On the action of the venoms of the cobra (Naja tripudians) and of the daboia (Daboia russellii) on the red blood corpuscles and on the blood plasma - Number 4
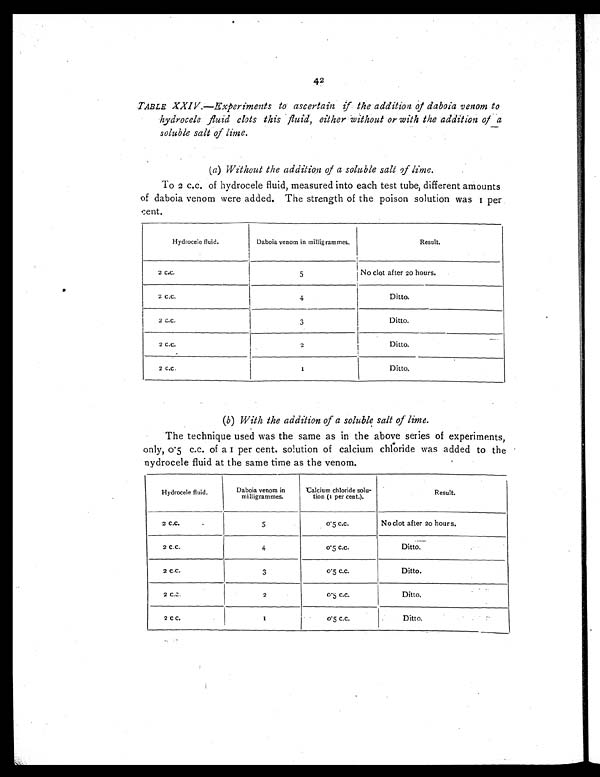
42
TABLE XXIV. —Experiments to ascertain if the addition of daboia venom to
hydrocele fluid clots this fluid, either without or with the addition of a
soluble salt of lime.
(a) Without the addition of a soluble salt of lime.
To 2 c.c. of hydrocele fluid, measured into each test tube, different amounts
of daboia venom were added. The strength of the poison solution was 1 per
cent.
Hydrocele fluid.
Daboia venom in milligrammes.
Result.
2 c.c.
5
No clot after 20 hours.
2 c.c.
4
Ditto.
2 c.c.
3
Ditto.
2 c.c.
2
Ditto.
2 c.c.
1
Ditto.
(b ) With the addition of a soluble salt of lime.
The technique used was the same as in the above series of experiments,
onl y, 0. 5 c. c. of a 1 per cent . sol ut i on of cal ci um chl or i de was added t o t he
nvdrocele fluid at the same time as the venom.
Hydrocele fluid.
Daboia venom in
milligrammes.
Calcium chloride solu-
tion (1 per cent.).
Result.
2 c.c.
5
0.5 c.c.
No clot after 20 hours,
2 c.c.
4
0.5 c.c.
Ditto.
2 c.c.
3
0.5 c.c.
Ditto.
2 c.c.
2
0.5 c.c.
Ditto.
2 c c.
1
0.5 c.c.
Ditto.